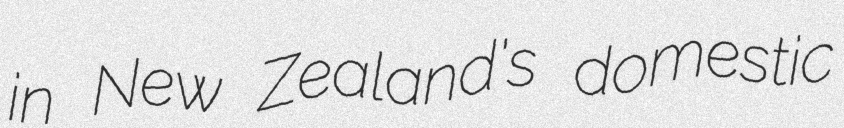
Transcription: in New Zealand's domestic